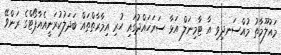
މައުލޫމާތު މުއްސަނދިވި އާ ޓާމިނަލް އަޅާ ސަރަހައްދުގައި ހުރި އިމާރާތްތައް ބަދަލުކުރަނީއެއާޕޯޓްގެ ރަންވޭ